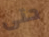
حتى